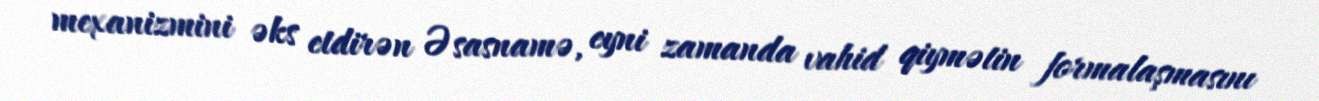
mexanizmini əks etdirən Əsasnamə, eyni zamanda vahid qiymətin formalaşmasını